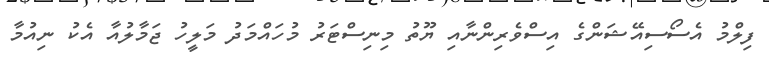
ފިލްމު އެސޯސިއޭޝަންގެ އިސްވެރިންނާއި ޔޫތު މިނިސްޓަރު މުހައްމަދު މަލީހު ޖަމާލުއާ އެކު ނިއުމާ